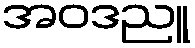
အဝဒညူ